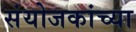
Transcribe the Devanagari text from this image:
संयोजकांच्या